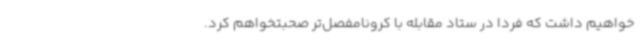
خواهیم داشت که فردا در ستاد مقابله با کرونامفصل‌تر صحبتخواهم کرد.